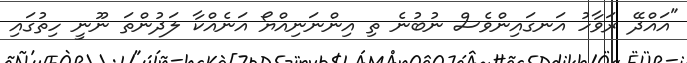
"އައްދޭ ރަވާހު އަނގައިންވެސް ނުބުނެ ތި އިންނަނިއްޔޯ އަނެއްކާ ލަދުންތަ ނޫނީ ހިތުގައި